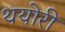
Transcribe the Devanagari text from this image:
थयोरी